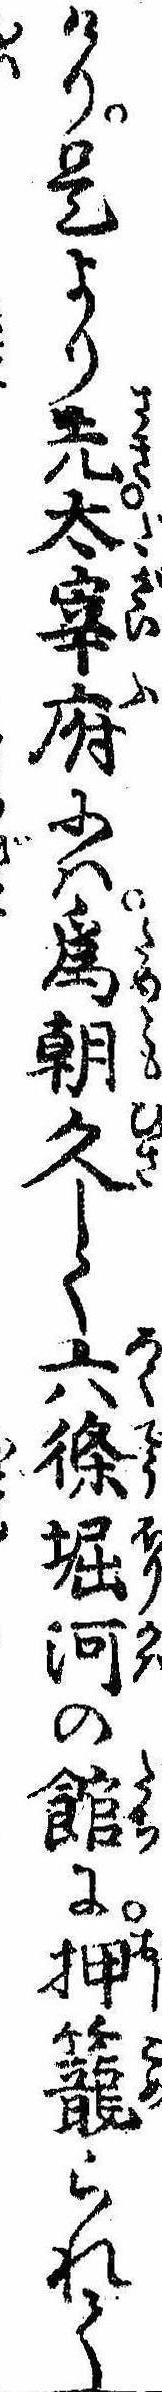
けり是より先太宰府には為朝久しく六条堀河の館に押篭られて